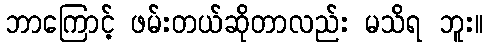
ဘာကြောင့် ဖမ်းတယ်ဆိုတာလည်း မသိရ ဘူး။